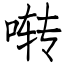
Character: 啭